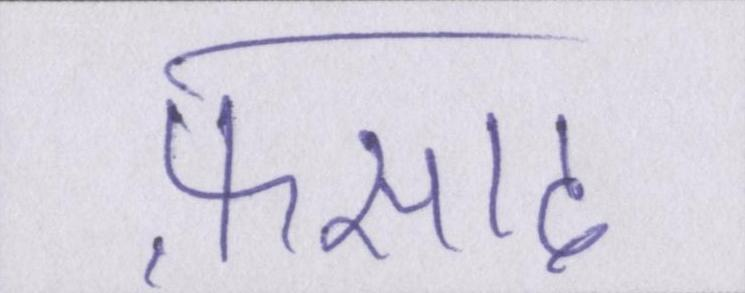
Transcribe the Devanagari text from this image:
फ़साद